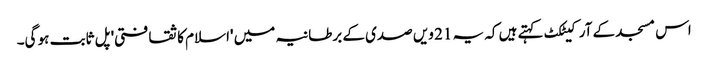
اس مسجد کے آرکیٹکٹ کہتے ہیں کہ یہ 21 ویں صدی کے برطانیہ میں 'اسلام کا ثقافتی' پل ثابت ہو گی۔